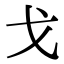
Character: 戈